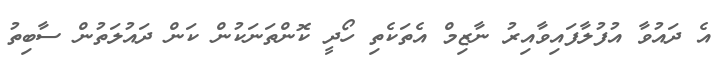
އެ ދައުވާ އުފުލާފައިވާއިރު ނާޒިމް އެތަކެތި ހޯދީ ކޮންތަނަކުން ކަން ދައުލަތުން ސާބިތު